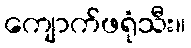
ကျောက်ဖရုံသီး။